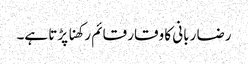
رضا ربانی کا وقار قائم رکھنا پڑتا ہے۔